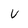
Character: u